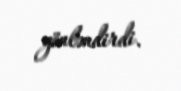
yönləndirdi.